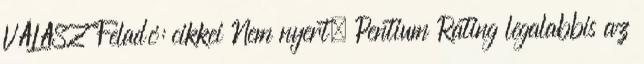
VÁLASZ Feladó: cikkei Nem nyert. Pentium Rating legalabbis az